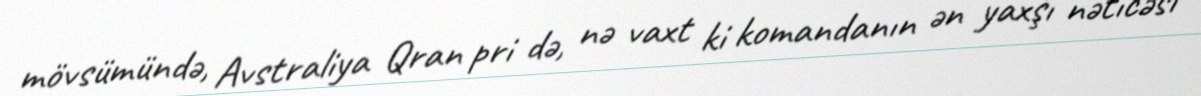
mövsümündə, Avstraliya Qran pri də, nə vaxt ki komandanın ən yaxşı nəticəsi